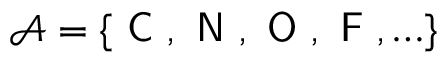
\mathcal { A } = \{ \textsf { C } , \textsf { N } , \textsf { O } , \textsf { F } , \ldots \}